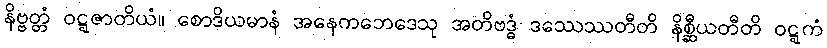
နိဗ္ဗတ္တံ ဝဋ္ဋဇာတိယံ။ စောဒိယမာနံ အနေကဘေဒေသု အတိဗဒ္ဓံ ဒဿေဿတီတိ နိစ္ဆီယတီတိ ဝဋ္ဋကံ